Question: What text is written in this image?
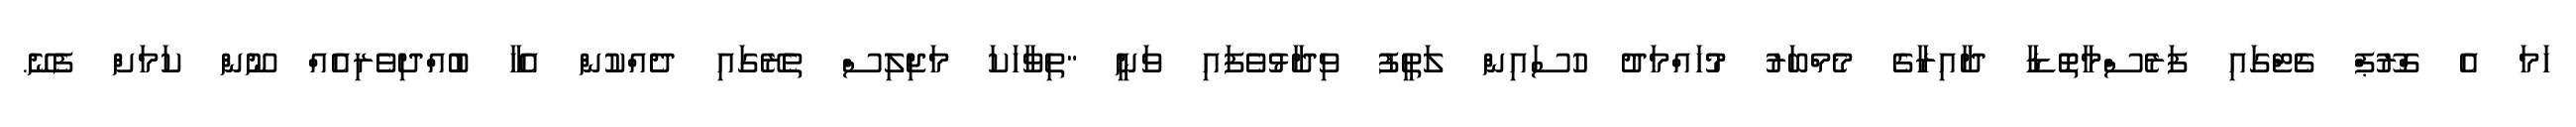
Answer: ހަމަ އެ ގްރޫޕް ޗެޓްގައި ފަރެސްމާތޮޑާ ދާއިރާގެ މެމްބަރު މުހައްމަދު ހުސައިން ލަތީފު ވިދާޅުވެފައި ވަނީ "ތިވާހަކަ މަޖިލިސް ތެރޭގައި ދެއްކުން އެހާ ބުއްދިވެރިއެއް ނޫން ކަމަށް ފެނޭ.